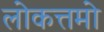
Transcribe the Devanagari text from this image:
लोकत्तमो